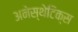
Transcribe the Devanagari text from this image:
अनेस्थेटिक्स